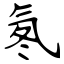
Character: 氡